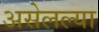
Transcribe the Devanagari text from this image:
असेलल्या